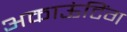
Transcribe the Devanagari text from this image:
अकाऊंटिंग